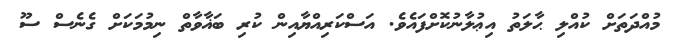
މުއްދަތަށް ކުއްލި ޙާލަތު އިޢުލާނުކޮށްފައެވެ. އަސްކަރިއްޔާއިން ކުރި ބަޣާވާތް ނިމުމަކަށް ގެނެސް ސޫ